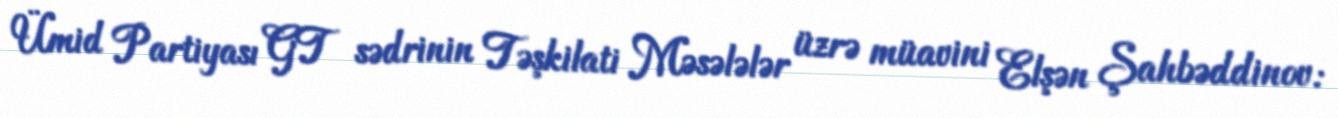
Ümid Partiyası GT sədrinin Təşkilati Məsələlər üzrə müavini Elşən Şahbəddinov: